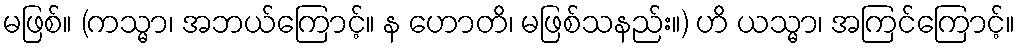
မဖြစ်။ (ကသ္မာ၊ အဘယ်ကြောင့်။ န ဟောတိ၊ မဖြစ်သနည်း။) ဟိ ယသ္မာ၊ အကြင်ကြောင့်။